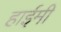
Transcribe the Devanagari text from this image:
हाईमी